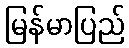
မြန်မာပြည်